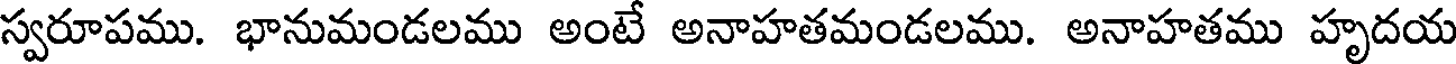
స్వరూపము. భానుమండలము అంటే అనాహతమండలము. అనాహతము హృదయ